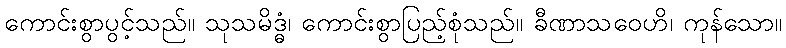
ကောင်းစွာပွင့်သည်။ သုသမိဒ္ဓံ၊ ကောင်းစွာပြည့်စုံသည်။ ခီဏာသဝေဟိ၊ ကုန်သော။